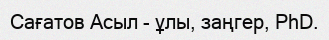
Сағатов Асыл - ұлы, заңгер, PhD.